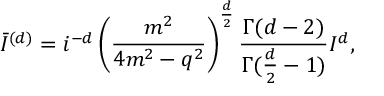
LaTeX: \bar { I } ^ { ( d ) } = i ^ { - d } \left( \frac { m ^ { 2 } } { 4 m ^ { 2 } - q ^ { 2 } } \right) ^ { \frac { d } { 2 } } \frac { \Gamma ( d - 2 ) } { \Gamma ( \frac { d } { 2 } - 1 ) } I ^ { d } ,